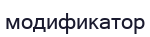
модификатор